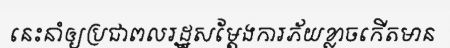
នេះនាំឲ្យប្រជាពលរដ្ឋសម្តែងការភ័យខ្លាចកើតមាន